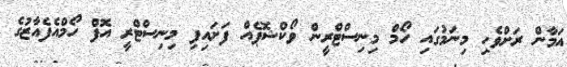
އަމާން ރަށްވެހި މިނަމުގައި ހޯމް މިނިސްޓްރީން ވޯކްޝޮޕެއް ފަށައިފި މިނިސްޓްރީ އޮފް ހޯމްއެފެއާޒުގެ